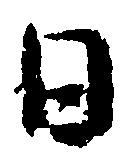
日